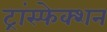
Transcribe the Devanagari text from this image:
ट्रांस्फेक्शन